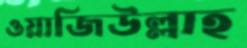
ওয়াজিউল্লাহ